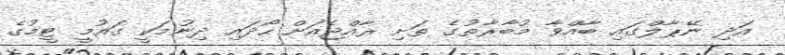
އަދި ނޭޕާލްގައި ބާއްވާ މުބާރާތުގެ ތަށި ރާއްޖެއަށް ހޯދައި ދިނުމަކީ ގައުމީ ޓީމުގެ